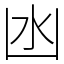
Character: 凼